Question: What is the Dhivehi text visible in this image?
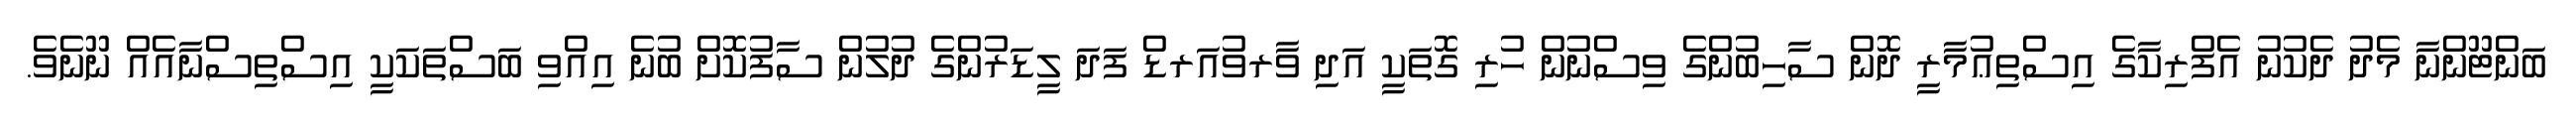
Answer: ބަންޓޫންނާ މެދު ދެކުނު އެފްރިކާގެ އިސްތިޢުމާރީ ދޮން ސާހިބުންގެ ވިސްނުން ހުރި ގޮތަކީ އަދި ވާރވުއަރޑް ފަދަ ލީޑަރުންގެ ދުލުން ސާފުކޮށް ބުނެ އިއްވި ބަސްތަކަކީ އިސްތިސްނާއެއް ނޫނެވެ.